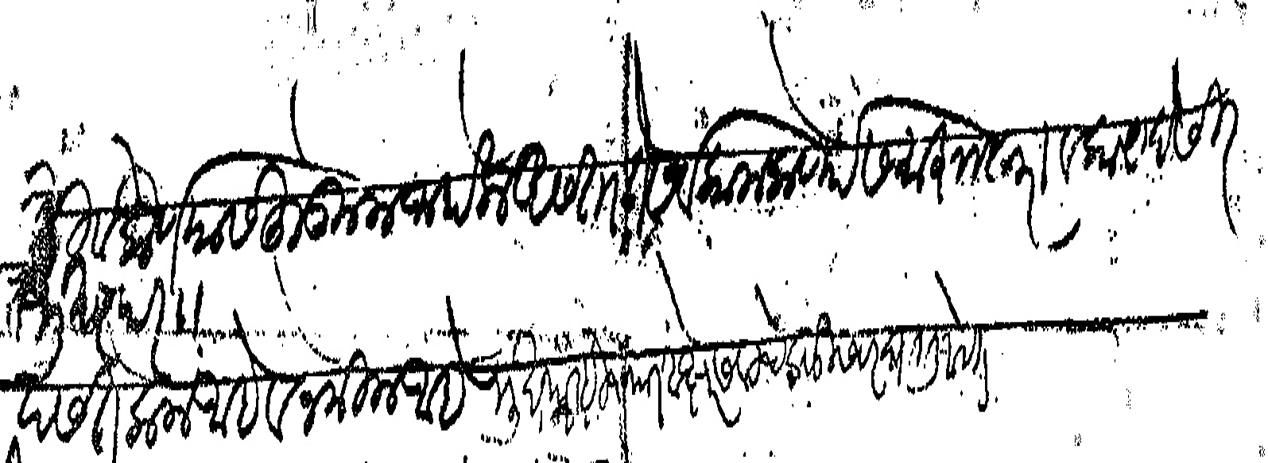
Transliteration (Devanagari): किवा कर्णयास हुकूम जाहाला असता ते सर्वकाम कर्णयास  माझा खरा व कायदेसीर  मुखत्यार पसत केला आहे आहे व नेमिला आहे मुखत्यार ही च्यार अक्षरे सेवटचे बोळीस वर घातली